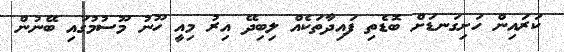
ކަރައިން ހަށިގަނޑަށް ބޮޑެތި ފައިދާތަކެއް ލިބިދޭ އިރު މިއީ ހޫނު މޫސުމުގައި ބޭނުން